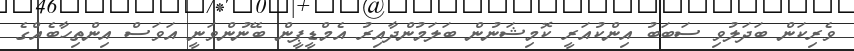
ވެރިކަން ބަދަލުވި ސަބަބު އިންކުއަރީ ކޮމިޝަނުން ބަލަމުންދާއިރު އެމްޑީޕީން ބޭނުންވަނީ އަވަސް އިންތިހާބެއްގެ